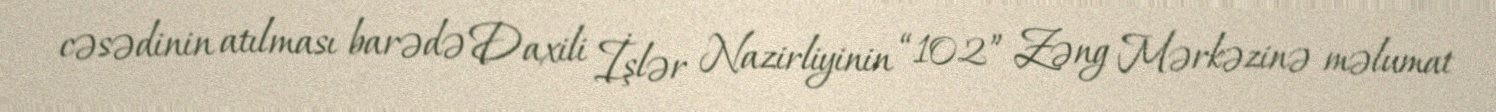
cəsədinin atılması barədə Daxili İşlər Nazirliyinin “102” Zəng Mərkəzinə məlumat